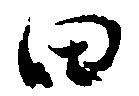
田